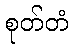
စုတ်တံ